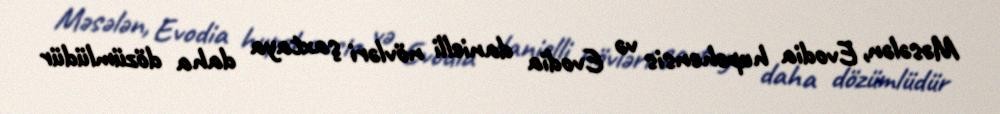
Məsələn, Evodia hupehensis və Evodia danielli növləri şaxtaya daha dözümlüdür